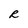
Character: R